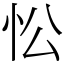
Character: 忪